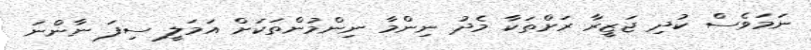
ނަމަވެސް ކުދި ޖަޒީރާ ރަށްތަކާ މެދު ނިންމާ ނިންމުންތަކަށް އަމަލީ ސިފަ ނާންނަ